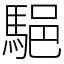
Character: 䣖